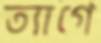
ত্যাগে